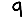
Digit: 9